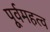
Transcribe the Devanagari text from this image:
पूर्वमहत्व